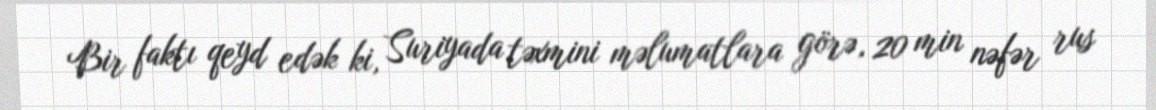
Bir faktı qeyd edək ki, Suriyada təxmini məlumatlara görə, 20 min nəfər rus